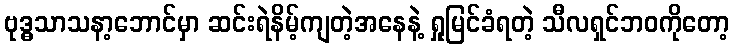
ဗုဒ္ဓသာသနာ့ဘောင်မှာ ဆင်းရဲနိမ့်ကျတဲ့အနေနဲ့ ရှုမြင်ခံရတဲ့ သီလရှင်ဘဝကိုတော့